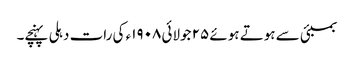
بمبئی سے ہوتے ہوئے ٢۵ جولائی ١٩٠٨ء کی رات دہلی پہنچے۔